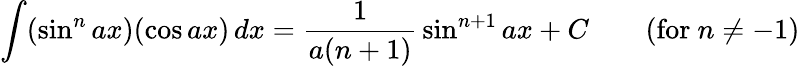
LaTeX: \int(\sin^{n}ax)(\cos ax)\, dx={\frac{1}{a(n+1)}}\sin^{n+1}ax+C\qquad{\mathrm{(for~}}n\neq-1{\mathrm{)}}